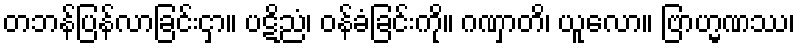
တဘန်ပြန်လာခြင်းငှာ။ ပဋိညံ၊ ဝန်ခံခြင်းကို။ ဂဏှာတိ၊ ယူလော။ ဗြာဟ္မဏဿ၊